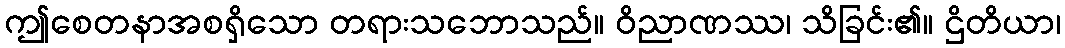
ဤစေတနာအစရှိသော တရားသဘောသည်။ ဝိညာဏဿ၊ သိခြင်း၏။ ဌိတိယာ၊